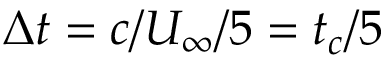
\Delta t = c / U _ { \infty } / 5 = t _ { c } / 5